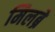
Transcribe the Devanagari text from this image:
मिलब्रे